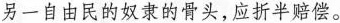
另一自由民的奴隶的骨头，应折半赔偿。